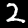
Label: 2